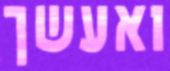
ואעשך